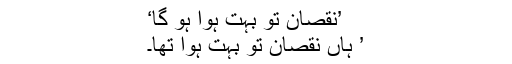
’نقصان تو بہت ہوا ہو گا‘
’ ہاں نقصان تو بہت ہوا تھا۔